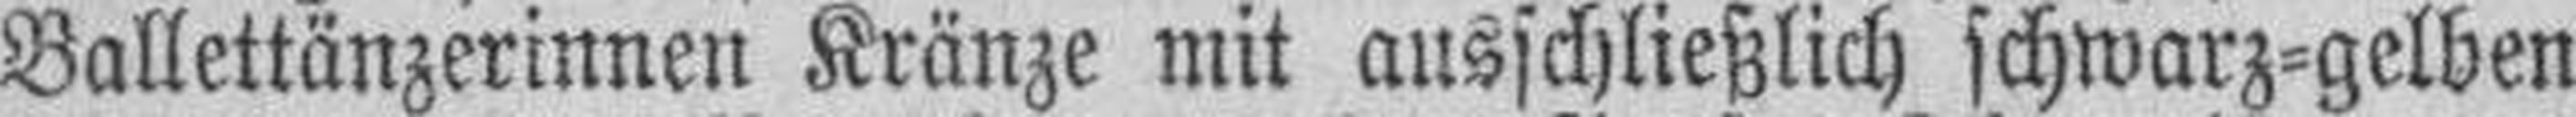
Ballettänzerinnen Kränze mit ausschließlich schwarz=gelben